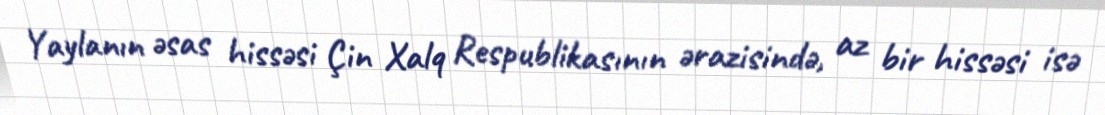
Yaylanın əsas hissəsi Çin Xalq Respublikasının ərazisində, az bir hissəsi isə